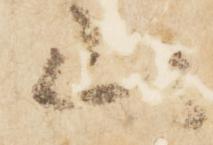
山